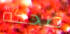
ضحكة